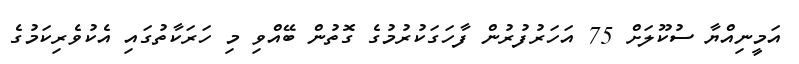
އަމީނިއްޔާ ސުކޫލަށް 75 އަހަރުފުރުން ފާހަގަކުރުމުގެ ގޮތުން ބޭއްވި މި ހަރަކާތުގައި އެކުވެރިކަމުގެ